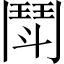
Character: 鬦